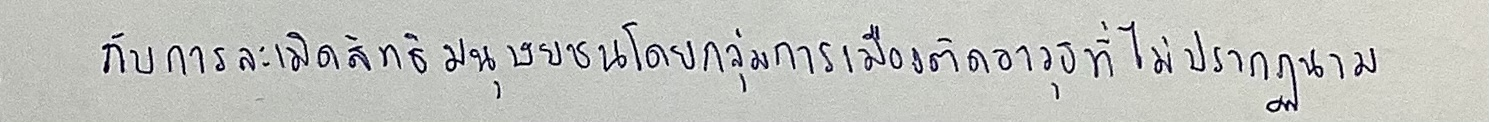
กับการละเมิดสิทธิมนุษยชนโดยกลุ่มการเมืองติดอาวุธที่ไม่ปรากฏนาม